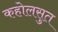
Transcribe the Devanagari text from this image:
कहोलसुत